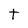
Character: t